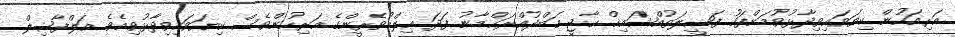
އަރިއަހުން ކިޔަވައިވިދާޅުވުމަށްފަހު ފަޟީލަތުއްޝައިޚް ޙާޖީ ޢަބްދުއްރަޙްމާނު ފަދަ ޢިލްމުވެރީންގެ އަރިހުންވެސް ކިޔަވައިވިދާޅުވިއެވެ. އަލްފާޟިލް